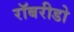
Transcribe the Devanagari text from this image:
रॉबरीडो